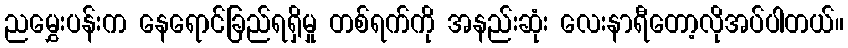
ညမွှေးပန်းက နေရောင်ခြည်ရရှိမှု တစ်ရက်ကို အနည်းဆုံး လေးနာရီတော့လိုအပ်ပါတယ်။